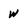
Character: w